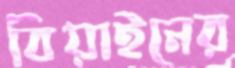
বিয়াইনের